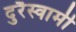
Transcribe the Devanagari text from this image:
दुरैस्वामी